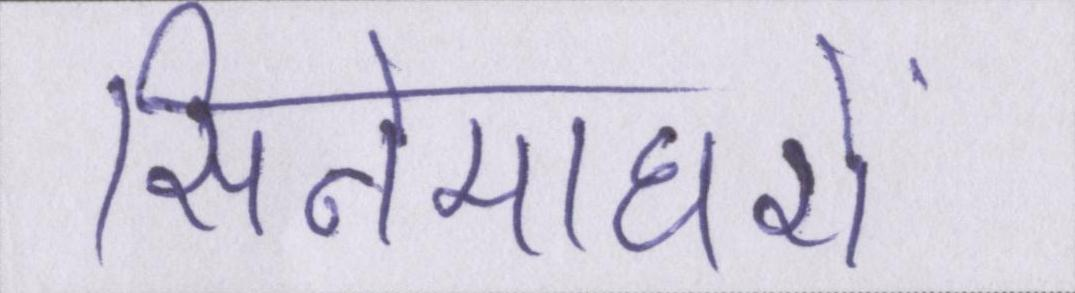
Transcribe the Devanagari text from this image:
सिनेमाघरों